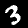
Label: 3